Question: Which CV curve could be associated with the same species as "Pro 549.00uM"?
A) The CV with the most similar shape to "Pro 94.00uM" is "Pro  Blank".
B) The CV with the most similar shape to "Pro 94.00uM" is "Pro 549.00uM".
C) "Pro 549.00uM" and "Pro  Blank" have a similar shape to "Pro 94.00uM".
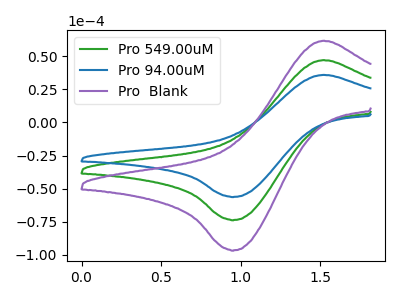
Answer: <think>The green curve "Pro 549.00uM" has an anodic peak at (1.50V, 47.20uA) and a cathodic peak at (0.95V, -73.70uA). The blue curve "Pro 94.00uM" has an anodic peak at (1.50V, 36.00uA) and a cathodic peak at (0.95V, -56.25uA). The purple curve "Pro  Blank" has an anodic peak at (1.50V, 94.40uA) and a cathodic peak at (0.95V, -147.40uA).
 All the peaks in "Pro 549.00uM" have a peak in "Pro 94.00uM" at the same potential. Every peak in "Pro 549.00uM" is higher than every peak in "Pro 94.00uM". All the peaks in "Pro 549.00uM" have a peak in "Pro  Blank" at the same potential. Every peak in "Pro 549.00uM" is lower than every peak in "Pro  Blank". All the peaks in "Pro 94.00uM" have a peak in "Pro  Blank" at the same potential. Every peak in "Pro 94.00uM" is lower than every peak in "Pro  Blank".</think>
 <answer>C) "Pro 549.00uM" and "Pro  Blank" have a similar shape to "Pro 94.00uM".</answer>
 <eval>C</eval>